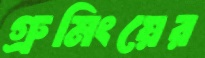
গ্রুমিংয়ের